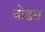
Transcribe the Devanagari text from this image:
वोडस